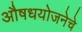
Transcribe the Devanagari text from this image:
औषधयोजनेचे